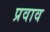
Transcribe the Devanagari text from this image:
प्रवाव